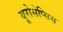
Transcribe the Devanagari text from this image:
यूरोसेप्सिस